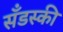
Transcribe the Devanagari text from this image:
सँडस्की